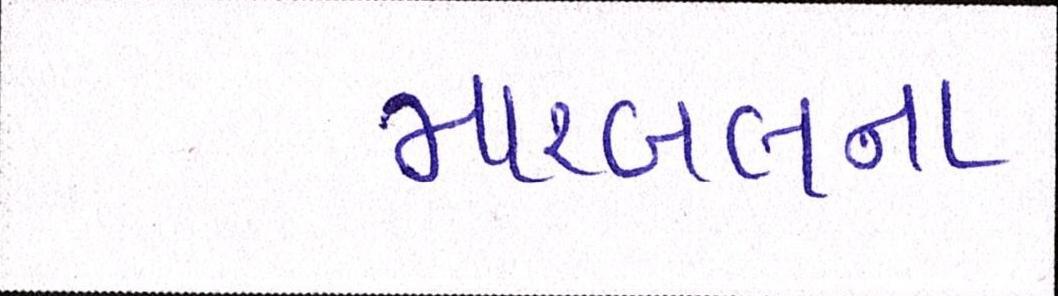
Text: મારબલના